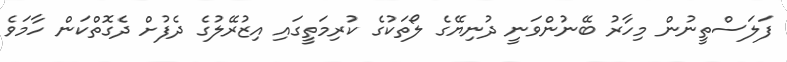
ފަލަސްތީނުން މިހާރު ބޭނުންވަނީ ދުނިޔޭގެ ލޯތަކުގެ ކުރިމަތީގައި އިޒުރޭލުގެ ދެފުށް ދެގޮތްކަން ހާމަވެ